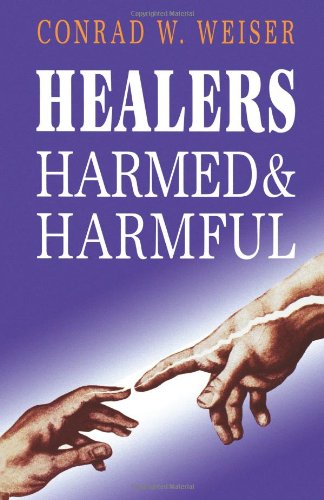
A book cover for Healers Harmed and Harmful; Conrad Weiser; Religion & Spirituality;